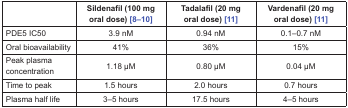
|  | Sildenafil (100 mg oral dose) [8–10] | Tadalafil (20 mg oral dose) [11] | Vardenafil (20 mg oral dose) [11] |
 | --- | --- | --- | --- |
 | PDE5 IC50 | 3.9 nM | 0.94 nM | 0.1–0.7 nM |
 | Oral bioavailability | 41% | 36% | 15% |
 | Peak plasma concentration | 1.18 μM | 0.80 μM | 0.04 μM |
 | Time to peak | 1.5 hours | 2.0 hours | 0.7 hours |
 | Plasma half life | 3–5 hours | 17.5 hours | 4–5 hours |